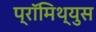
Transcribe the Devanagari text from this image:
प्रॉमिथ्युस